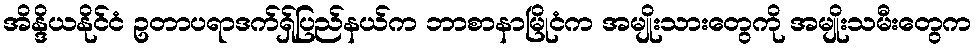
အိန္ဒိယနိုင်ငံ ဥတာပရာဒက်ရှ်ပြည်နယ်က ဘာစာနာမြိုငံက အမျိုးသားတွေကို အမျိုးသမီးတွေက